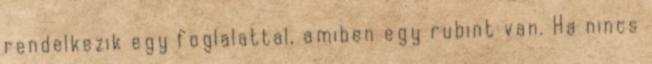
rendelkezik egy foglalattal, amiben egy rubint van. Ha nincs